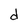
Character: d